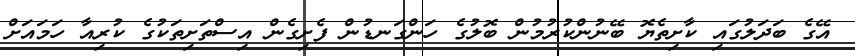
އޭގެ ބަދަލުގައި ކާށިތެޔޮ ބޭނުންކުރުމުން ބޮލުގެ ހަންގަނޑުން ފެށިގެން އިސްތަށިތަކުގެ ކުރިއާ ހަމައަށް